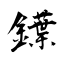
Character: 鐷